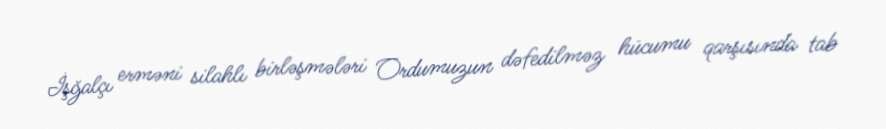
İşğalçı erməni silahlı birləşmələri Ordumuzun dəfedilməz hücumu qarşısında tab